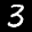
Label: 3